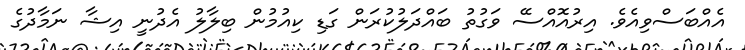
އެއްބަސްވިއެވެ. އިރުއޮއްސޭ ވަގުތު ބައްދަލުކުރަން ގަޑި ކިއުމުން ބިލާލު އެދުނީ އިޝާ ނަމާދުގެ